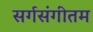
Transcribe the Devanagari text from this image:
सर्गसंगीतम